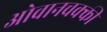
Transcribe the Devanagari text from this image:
ओवानचक्की